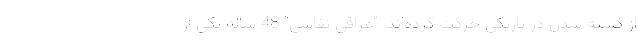
از کشته شدن در تاریکی حرکت کرد‌ه‌اند. "عراقی نقاشی" 48 ساله یکی از